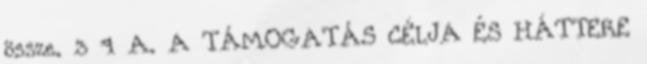
össze. 3 4 A. A TÁMOGATÁS CÉLJA ÉS HÁTTERE